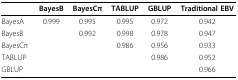
|  | BayesB | BayesCπ | TABLUP | GBLUP | Traditional EBV |
 | --- | --- | --- | --- | --- | --- |
 | BayesA | 0.999 | 0.995 | 0.995 | 0.972 | 0.942 |
 | BayesB |  | 0.992 | 0.998 | 0.978 | 0.947 |
 | BayesCπ |  |  | 0.986 | 0.956 | 0.933 |
 | TABLUP |  |  |  | 0.986 | 0.952 |
 | GBLUP |  |  |  |  | 0.966 |